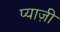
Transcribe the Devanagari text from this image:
प्याज़ी